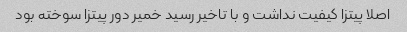
اصلا پیتزا کیفیت نداشت و با تاخیر رسید خمیر دور پیتزا سوخته بود